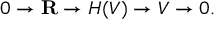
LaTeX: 0 \to \mathbf { R } \to H ( V ) \to V \to 0 .